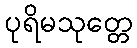
ပုရိမသုတ္တေ